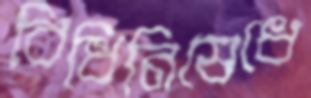
বিধিনিষেধে